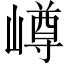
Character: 嶟